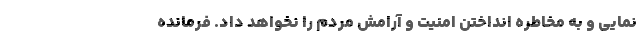
نمایی و به مخاطره انداختن امنیت و آرامش مردم را نخواهد داد. فرمانده